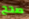
صحح